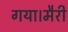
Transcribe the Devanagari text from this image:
गया।मैरी